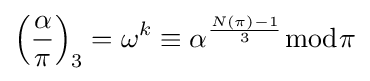
\left({\frac {\alpha }{\pi }}\right)_{3}=\omega ^{k}\equiv \alpha ^{\frac {N(\pi )-1}{3}}{\bmod {\pi }}